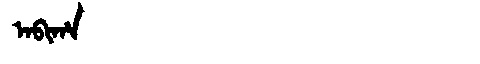
Manchu: ᠠᠪᡳᡥᠠ
Romanization: ABIHA